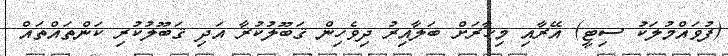
(ފުވައްމުލަކު ސިޓީ) އޭރާއި މިހާރަށް ބަލާއިރު ދިވެހިން ޤަބޫލުކުރާ އަދި ޤަބޫލުކުރި ކަންތައްތައް